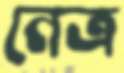
নেত্র